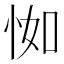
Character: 𢘾